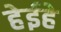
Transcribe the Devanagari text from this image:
हेईहे